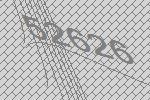
52626